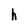
Character: h